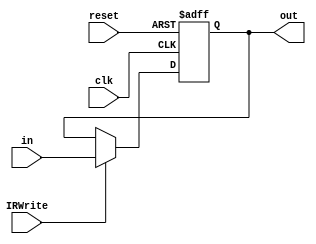
`timescale 1ns / 1ps
//////////////////////////////////////////////////////////////////////////////////
// Company: 
// Engineer: 
// 
// Design Name: 
// Module Name:    Reg_we 
// Project Name: 
// Target Devices: 
// Tool versions: 
// Description: 
//
// Dependencies: 
//
// Revision: 
// Revision 0.01 - File Created
// Additional Comments: 
//
//////////////////////////////////////////////////////////////////////////////////
module Reg_we(clk,reset,IRWrite,in,out);
	 parameter EM = 31;
	 input clk;
	 input reset;
	 input IRWrite;
	 input [EM:0] in;
	 output reg [EM:0] out;
    always@(posedge clk or negedge reset)
    begin
        if (~reset) 
		  begin
		  out <= 0;
		  end
		  else begin
		  if(IRWrite)
		  begin
		  out <= in;
		  end
		  else begin
		  out <= out;
		  end
		  end
    end

endmodule